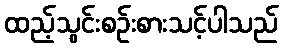
ထည့်သွင်းစဉ်းစားသင့်ပါသည်